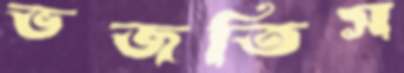
ভজতিস